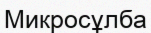
Микросұлба